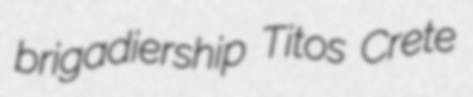
brigadiership Titos Crete